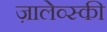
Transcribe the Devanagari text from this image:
ज़ालेव्स्की